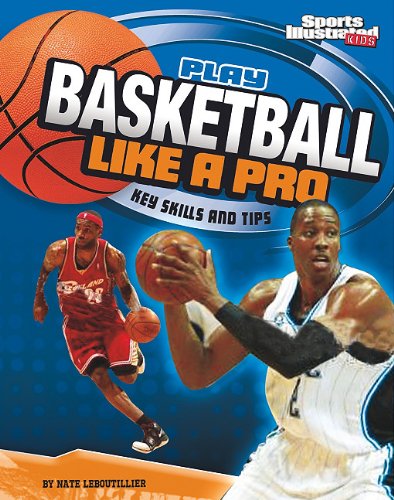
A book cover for Play Basketball Like a Pro: Key Skills and Tips (Play Like the Pros (Sports Illustrated for Kids)); Nate LeBoutillier; Children's Books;